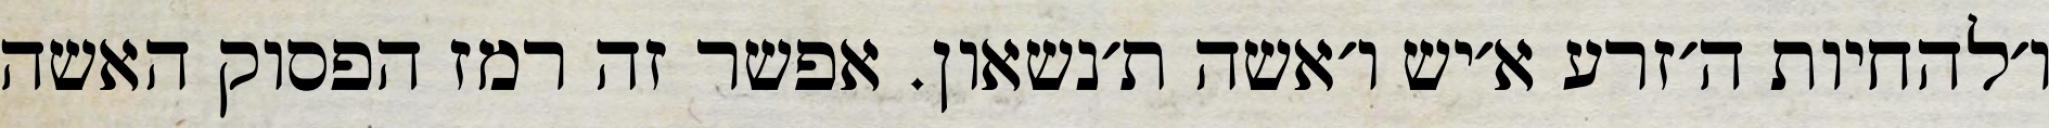
ו׳להחיות ה׳זרע א׳יש ו׳אשה ת׳נשאון. אפשר זה רמז הפסוק האשה